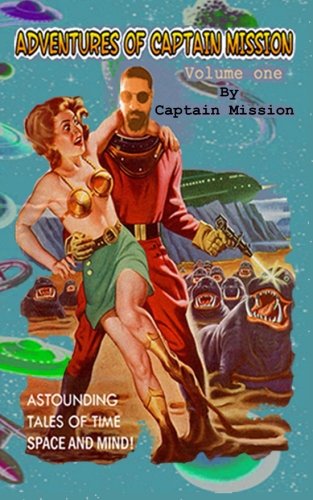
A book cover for The Adventures of Captain Mission: Volume One; Captain Mission; Literature & Fiction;